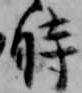
時